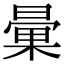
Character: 𣉰